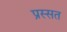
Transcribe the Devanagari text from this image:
प्रस्सत